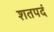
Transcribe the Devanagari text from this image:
शतपदं